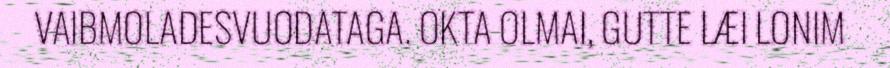
VAIBMOLADESVUODATAGA. OKTA OLMAI, GUTTE LÆI LONIM